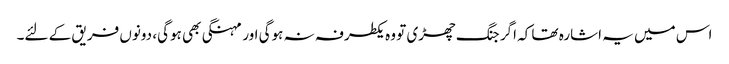
اس میں یہ اشارہ تھا کہ اگر جنگ چھڑی تو وہ یکطرفہ نہ ہوگی اور مہنگی بھی ہوگی، دونوں فریق کے لئے۔